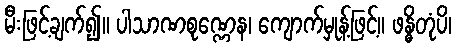
မီးဖြင့်ချက်၍။ ပါသာဏစုဏ္ဏေန၊ ကျောက်မှုန့်ဖြင့်။ ဖန္ဓိတုံပိ၊